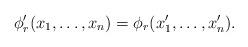
LaTeX: \begin{align*}\phi'_r(x_1,\ldots,x_n)=\phi_r(x'_1,\ldots,x'_n).\end{align*}